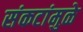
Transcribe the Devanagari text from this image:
संकटांमुळे